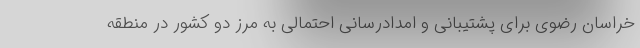
خراسان رضوی برای پشتیبانی و امدادرسانی احتمالی به مرز دو کشور در منطقه